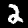
Digit: 2